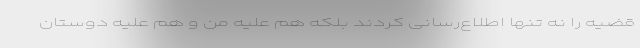
قضیه را نه‌ تنها اطلاع‌رسانی کردند بلکه هم علیه من و هم علیه دوستان